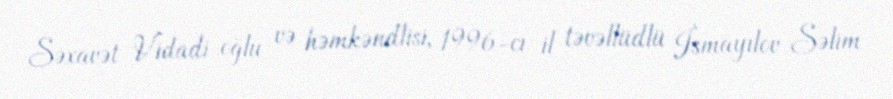
Səxavət Vidadi oğlu və həmkəndlisi, 1996-cı il təvəllüdlü İsmayılov Səlim